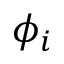
\phi _ { i }